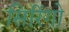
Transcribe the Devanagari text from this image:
सिरिंगो